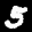
Label: 5